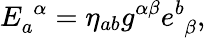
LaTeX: E_{a}^{\, \, \alpha}=\eta_{ab}g^{\alpha\beta}e_{\, \, \beta}^{b},